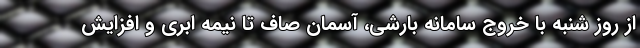
از روز شنبه با خروج سامانه بارشی، آسمان صاف تا نیمه ابری و افزایش